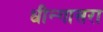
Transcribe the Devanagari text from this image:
धीन्गासरा